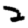
Digit: 2